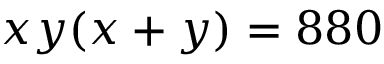
x y ( x + y ) = 8 8 0